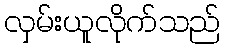
လှမ်းယူလိုက်သည်